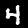
Label: 4